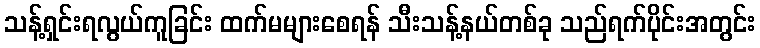
သန့်ရှင်းရလွယ်ကူခြင်း ထက်မများစေရန် သီးသန့်နယ်တစ်ခု သည်ရက်ပိုင်းအတွင်း